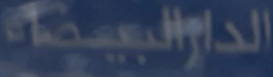
الدار البيضاء